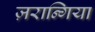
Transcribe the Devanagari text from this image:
ज़रान्गिया